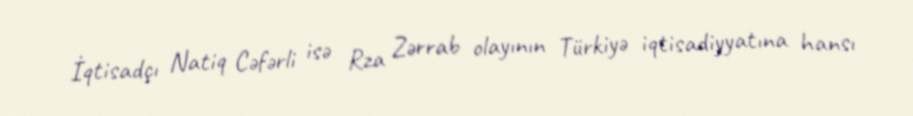
İqtisadçı Natiq Cəfərli isə Rza Zərrab olayının Türkiyə iqtisadiyyatına hansı